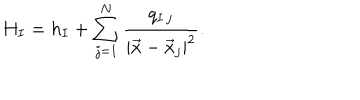
H _ { I } = h _ { I } + \sum _ { j = 1 } ^ { N } \frac { q _ { I \, j } } { | \vec { x } - \vec { x } _ { j } | ^ { 2 } } .